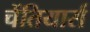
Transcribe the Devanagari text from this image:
चेंतियार्स